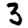
Digit: 3